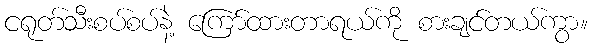
ငရုတ်သီးစပ်စပ်နဲ့ ကြော်ထားတာရယ်ကို စားချင်တယ်ကွာ။